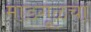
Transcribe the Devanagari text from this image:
माडगूळचा